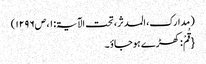
( مدارک، المدثر، تحت الآیۃ: ۱، ص۱۲۹۶)
{قُمْ: کھڑے ہوجاؤ ۔